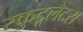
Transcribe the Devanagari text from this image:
स्कुटूलैटस